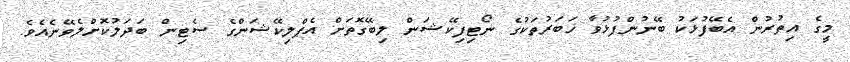
މީގެ އިތުރުން އެބޭފުޅަކު ބޭނުންފުޅުވާ ޚަބަރުތަކުގެ ނޯޓިފިކޭޝަން ލިބޭގޮތަށް އެޕްލިކޭޝަންގެ ސެޓިން ބަދަލުކޮށްލެވޭނެއެވެ.